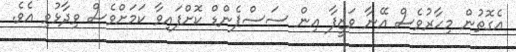
އެގޮތުން މިހާރުވެސް އޭނާ ވަޒީފާ އިން ސަސްޕެންޑް ކޮށްފައިވާ ކަމަށްވެސް ވިދާޅުވި އެވެ.